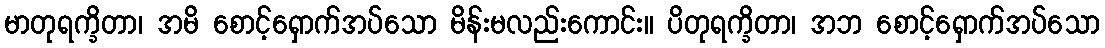
မာတုရက္ခိတာ၊ အမိ စောင့်ရှောက်အပ်သော မိန်းမလည်းကောင်း။ ပိတုရက္ခိတာ၊ အဘ စောင့်ရှောက်အပ်သော